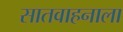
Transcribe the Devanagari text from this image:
सातवाहनाला